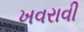
ખવરાવી